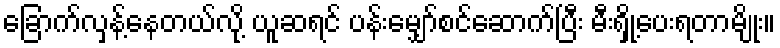
ခြောက်လှန့်နေတယ်လို့ ယူဆရင် ပန်းမျှော်စင်ဆောက်ပြီး မီးရှို့ပေးရတာမျိုး။